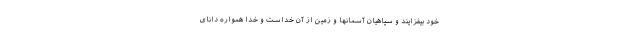
خود بيفزايند و سپاهيان آسمانها و زمين از آن خداست و خدا همواره داناى